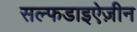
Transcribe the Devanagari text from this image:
सल्फडाइऐज़ीन